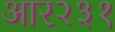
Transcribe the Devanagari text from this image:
आर२३१